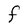
Character: F